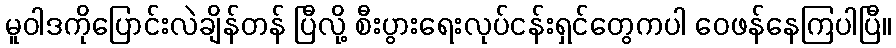
မူဝါဒကိုပြောင်းလဲချိန်တန် ပြီလို့ စီးပွားရေးလုပ်ငန်းရှင်တွေကပါ ဝေဖန်နေကြပါပြီ။